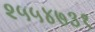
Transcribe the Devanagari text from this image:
२५५४७३१